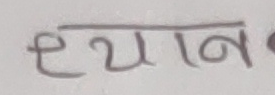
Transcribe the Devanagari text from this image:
ध्यान